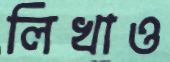
লিখাও